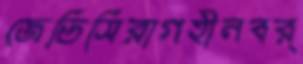
জেডিসিরাগহীনবর্